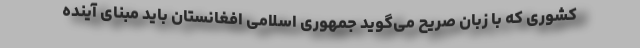
کشوری که با زبان صریح می‌گوید جمهوری اسلامی افغانستان باید مبنای آینده